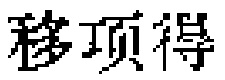
移项得